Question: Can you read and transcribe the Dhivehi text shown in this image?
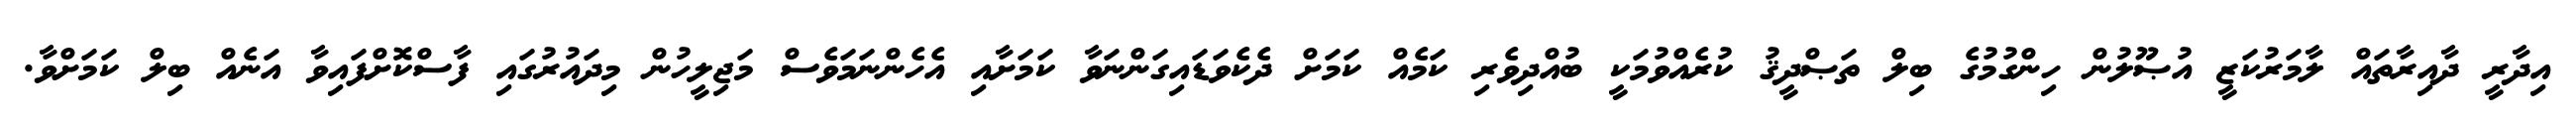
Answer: އިދާރީ ދާއިރާތައް ލާމަރުކަޒީ އުޞޫލުން ހިންގުމުގެ ބިލް ތަޞްދީޤު ކުރެއްވުމަކީ ބުއްދިވެރި ކަމެއް ކަމަށް ދެކެވަޑައިގަންނަވާ ކަމަށާއި އެހެންނަމަވެސް މަޖިލީހުން މިދައުރުގައި ފާސްކޮށްފައިވާ އަނެއް ބިލް ކަމަށްވާ.